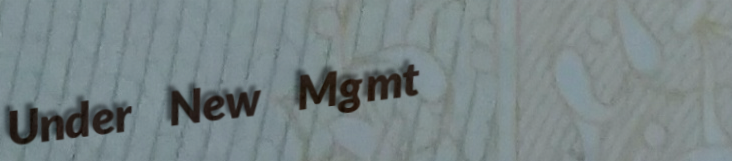
Under New Mgmt